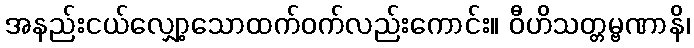
အနည်းငယ်လျှော့သောထက်ဝက်လည်းကောင်း။ ဝီဟိသတ္တမ္ဗဏာနိ၊